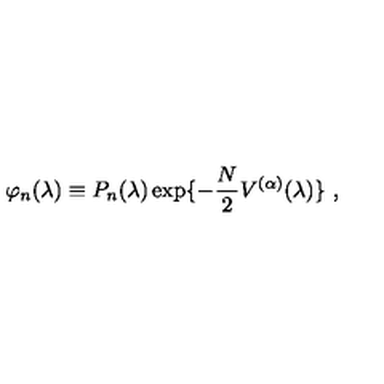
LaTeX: \varphi _ { n } ( \lambda ) \equiv P _ { n } ( \lambda ) \exp \{ - \frac { N } { 2 } V ^ { ( \alpha ) } ( \lambda ) \} \ ,